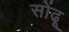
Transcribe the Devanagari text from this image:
सोंढू